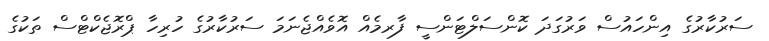
ސަރުކާރުގެ އިންހައުސް ވަރުގަދަ ކޮންސަލްޓަންސީ ފާރމެއް އޮވެއްޖެނަމަ ސަރުކާރުގެ ހުރިހާ ޕްރޮޖެކްޓްސް ތަކުގެ